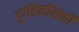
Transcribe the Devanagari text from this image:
दुर्गप्रेमींसाठी